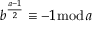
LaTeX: b ^ { \frac { a - 1 } { 2 } } \equiv - 1 { \bmod { a } }